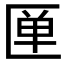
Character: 𰅦